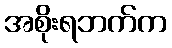
အစိုးရဘက်က